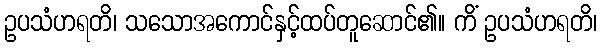
ဥပသံဟရတိ၊ သသောအကောင်နှင့်ထပ်တူဆောင်၏။ ကိံ ဥပသံဟရတိ၊